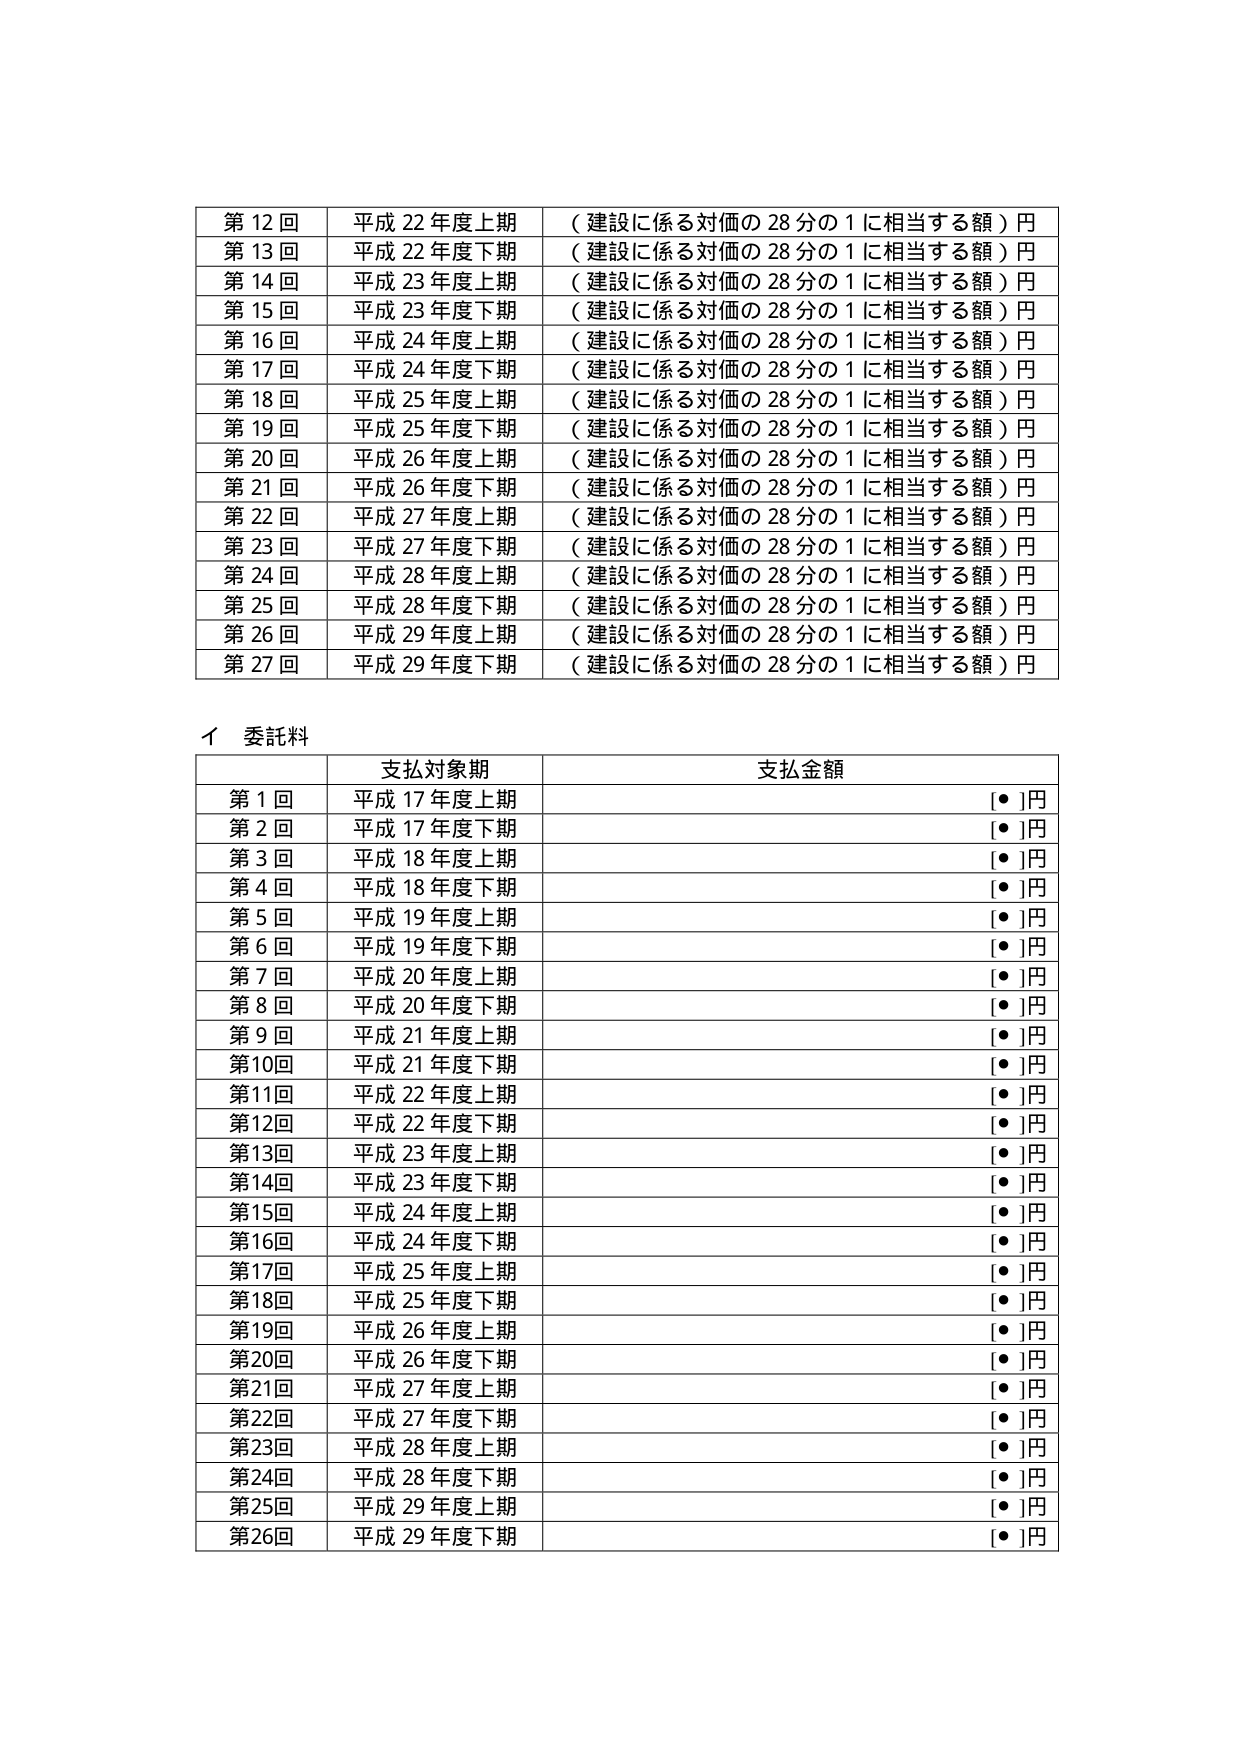
第12回 平成22年度上期 （建設に係る対価の28分の1に相当する額）円
第13回 平成22年度下期 （建設に係る対価の28分の1に相当する額）円
第14回 平成23年度上期 （建設に係る対価の28分の1に相当する額）円
第15回 平成23年度下期 （建設に係る対価の28分の1に相当する額）円
第16回 平成24年度上期 （建設に係る対価の28分の1に相当する額）円
第17回 平成24年度下期 （建設に係る対価の28分の1に相当する額）円
第18回 平成25年度上期 （建設に係る対価の28分の1に相当する額）円
第19回 平成25年度下期 （建設に係る対価の28分の1に相当する額）円
第20回 平成26年度上期 （建設に係る対価の28分の1に相当する額）円
第21回 平成26年度下期 （建設に係る対価の28分の1に相当する額）円
第22回 平成27年度上期 （建設に係る対価の28分の1に相当する額）円
第23回 平成27年度下期 （建設に係る対価の28分の1に相当する額）円
第24回 平成28年度上期 （建設に係る対価の28分の1に相当する額）円
第25回 平成28年度下期 （建設に係る対価の28分の1に相当する額）円
第26回 平成29年度上期 （建設に係る対価の28分の1に相当する額）円
第27回 平成29年度下期 （建設に係る対価の28分の1に相当する額）円

イ 委託料
支払対象期 支払金額
第1回 平成17年度上期 [●]円
第2回 平成17年度下期 [●]円
第3回 平成18年度上期 [●]円
第4回 平成18年度下期 [●]円
第5回 平成19年度上期 [●]円
第6回 平成19年度下期 [●]円
第7回 平成20年度上期 [●]円
第8回 平成20年度下期 [●]円
第9回 平成21年度上期 [●]円
第10回 平成21年度下期 [●]円
第11回 平成22年度上期 [●]円
第12回 平成22年度下期 [●]円
第13回 平成23年度上期 [●]円
第14回 平成23年度下期 [●]円
第15回 平成24年度上期 [●]円
第16回 平成24年度下期 [●]円
第17回 平成25年度上期 [●]円
第18回 平成25年度下期 [●]円
第19回 平成26年度上期 [●]円
第20回 平成26年度下期 [●]円
第21回 平成27年度上期 [●]円
第22回 平成27年度下期 [●]円
第23回 平成28年度上期 [●]円
第24回 平成28年度下期 [●]円
第25回 平成29年度上期 [●]円
第26回 平成29年度下期 [●]円